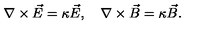
\nabla \times \vec { E } = \kappa \vec { E } , \quad \nabla \times \vec { B } = \kappa \vec { B } .